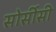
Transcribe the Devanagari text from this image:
सोर्सीसी